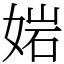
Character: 㛧